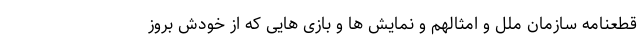
قطعنامه سازمان ملل و امثالهم و نمایش ها و بازی هایی که از خودش بروز